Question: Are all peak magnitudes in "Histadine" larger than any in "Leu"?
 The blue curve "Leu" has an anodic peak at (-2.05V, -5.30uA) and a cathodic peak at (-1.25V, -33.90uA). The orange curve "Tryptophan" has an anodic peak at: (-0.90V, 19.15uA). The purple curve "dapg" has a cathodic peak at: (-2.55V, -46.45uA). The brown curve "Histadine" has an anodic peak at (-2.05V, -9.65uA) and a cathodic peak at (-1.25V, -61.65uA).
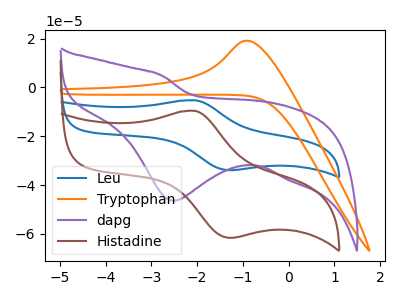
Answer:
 <answer>The peaks in "Histadine" are neither all higher or all lower than the peaks in "Leu".</answer>
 <eval>mixed</eval>